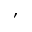
,